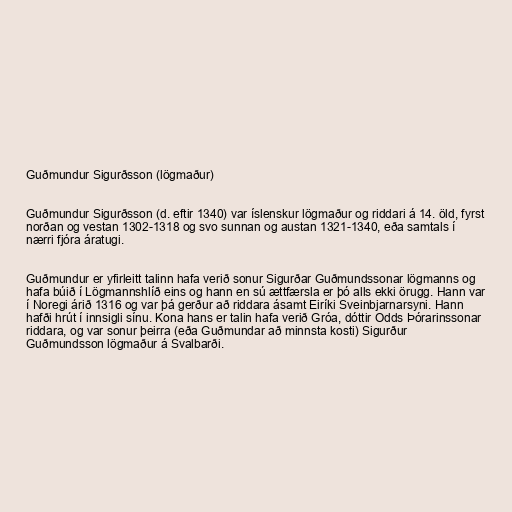
Guðmundur Sigurðsson (lögmaður)

Guðmundur Sigurðsson (d. eftir 1340) var íslenskur lögmaður og riddari á 14. öld, fyrst
norðan og vestan 1302-1318 og svo sunnan og austan 1321-1340, eða samtals í
nærri fjóra áratugi.

Guðmundur er yfirleitt talinn hafa verið sonur Sigurðar Guðmundssonar lögmanns og
hafa búið í Lögmannshlíð eins og hann en sú ættfærsla er þó alls ekki örugg. Hann var
í Noregi árið 1316 og var þá gerður að riddara ásamt Eiríki Sveinbjarnarsyni. Hann
hafði hrút í innsigli sínu. Kona hans er talin hafa verið Gróa, dóttir Odds Þórarinssonar
riddara, og var sonur þeirra (eða Guðmundar að minnsta kosti) Sigurður
Guðmundsson lögmaður á Svalbarði.